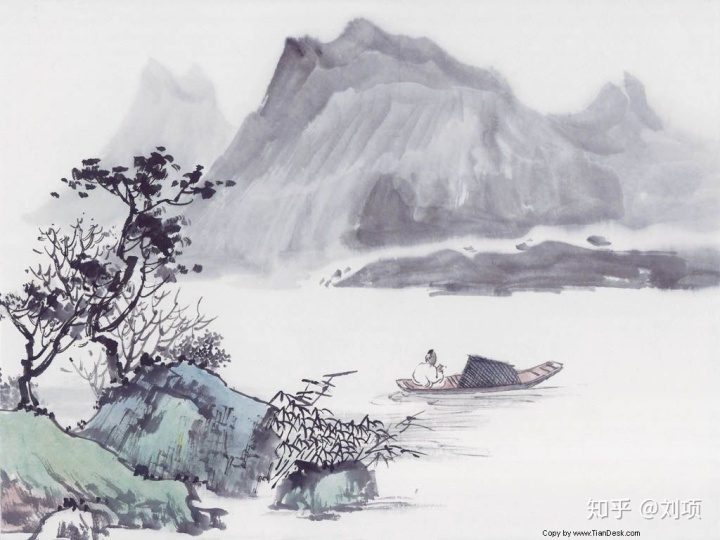
千山鸟飞绝，万径人踪灭。